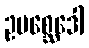
ဥပစ္ဆေဒေါ